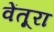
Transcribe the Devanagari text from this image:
वेंतूरा